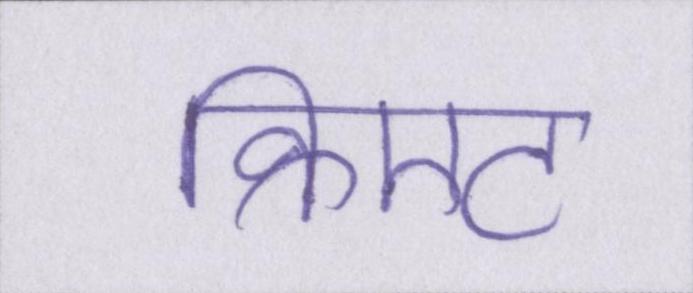
क्रिएट